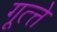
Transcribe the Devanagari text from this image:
गूत्त्ते